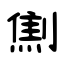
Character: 劁